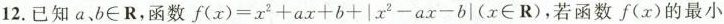
12.已知a、b∈R，函数 $$f ( x ) = x ^ { 2